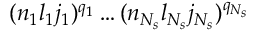
( n _ { 1 } l _ { 1 } j _ { 1 } ) ^ { q _ { 1 } } \ldots ( n _ { N _ { s } } l _ { N _ { s } } j _ { N _ { s } } ) ^ { q _ { N _ { s } } }